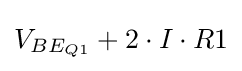
V_{BE_{Q1}}+2\cdot I\cdot R1